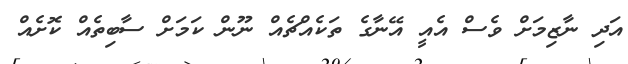
އަދި ނާޒިމަށް ވެސް އެއީ އޭނާގެ ތަކެއްޗެއް ނޫން ކަމަށް ސާބިތެއް ކޮށެއް